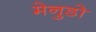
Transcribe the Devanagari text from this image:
मेनुडो